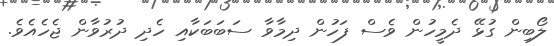
ލޯބިން ގުޅޭ ދެމީހުން ވެސް ފަހުން ދިމާވާ ސަބަބަކާއި ހެދި ދުރުވާން ޖެހެއެވެ.